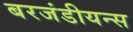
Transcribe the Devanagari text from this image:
बरजंडीयन्स